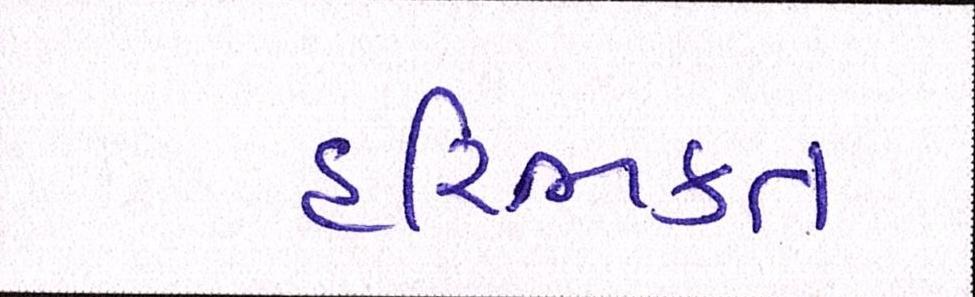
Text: હરિભકત